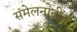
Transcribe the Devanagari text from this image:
संमेलनांतील